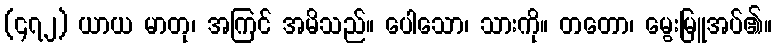
(၄၇၂) ယာယ မာတု၊ အကြင် အမိသည်။ ပေါသော၊ သားကို။ တတော၊ မွေးမြူအပ်၏။